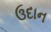
ઉદાન